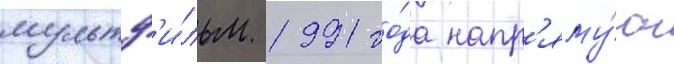
мультф'и́льм 1991 го́да напр'яму́ю